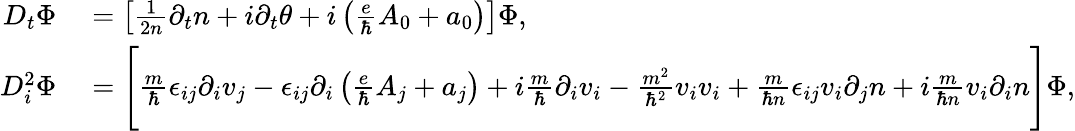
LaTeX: \begin{array}{rl}{D_{t}\Phi}&{{}=\left[\frac{1}{2n}\partial_{t}n+i\partial_{t}\theta+i\left(\frac{e}{\hbar}A_{0}+a_{0}\right)\right]\Phi,}\\ {D_{i}^{2}\Phi}&{{}=\Bigg[\frac{m}{\hbar}\epsilon_{ij}\partial_{i}v_{j}-\epsilon_{ij}\partial_{i}\left(\frac{e}{\hbar}A_{j}+a_{j}\right)+i\frac{m}{\hbar}\partial_{i}v_{i}-\frac{m^{2}}{\hbar^{2}}v_{i}v_{i}+\frac{m}{\hbar n}\epsilon_{ij}v_{i}\partial_{j}n+i\frac{m}{\hbar n}v_{i}\partial_{i}n\Bigg]\Phi,}\end{array}